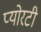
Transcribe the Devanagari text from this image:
प्योरटी